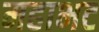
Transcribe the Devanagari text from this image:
महाभट